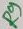
Text: R9